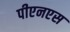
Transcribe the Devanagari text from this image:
पीएनएस